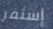
إستمر